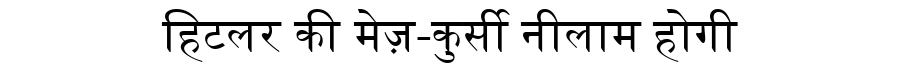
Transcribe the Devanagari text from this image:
हिटलर की मेज़-कुर्सी नीलाम होगी